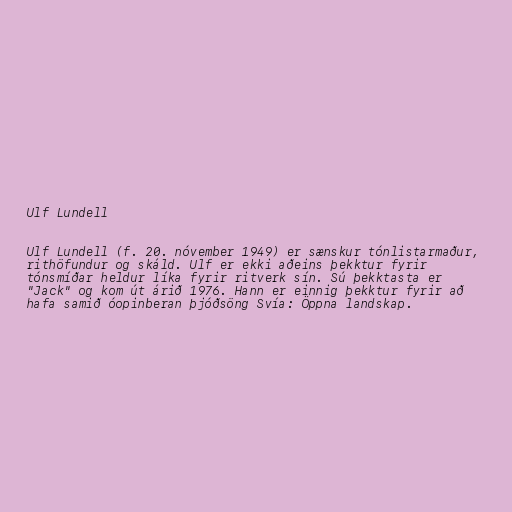
Ulf Lundell

Ulf Lundell (f. 20. nóvember 1949) er sænskur tónlistarmaður,
rithöfundur og skáld. Ulf er ekki aðeins þekktur fyrir
tónsmíðar heldur líka fyrir ritverk sín. Sú þekktasta er
"Jack" og kom út árið 1976. Hann er einnig þekktur fyrir að
hafa samið óopinberan þjóðsöng Svía: Öppna landskap.